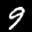
Label: 9